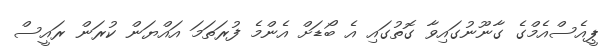
ޕީއެސްއެމްގެ ގާނޫނުގައިވާ ގޮތުގައި އެ ބޯޑަށް އެންމެ ފުރަތަމަ އައްޔަން ކުރަން ރައީސް